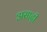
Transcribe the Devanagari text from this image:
असाढ़ी